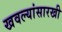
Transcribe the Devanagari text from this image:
खवल्यांसारखी